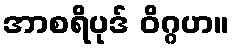
အာစရိပုဒ် ဝိဂ္ဂဟ။